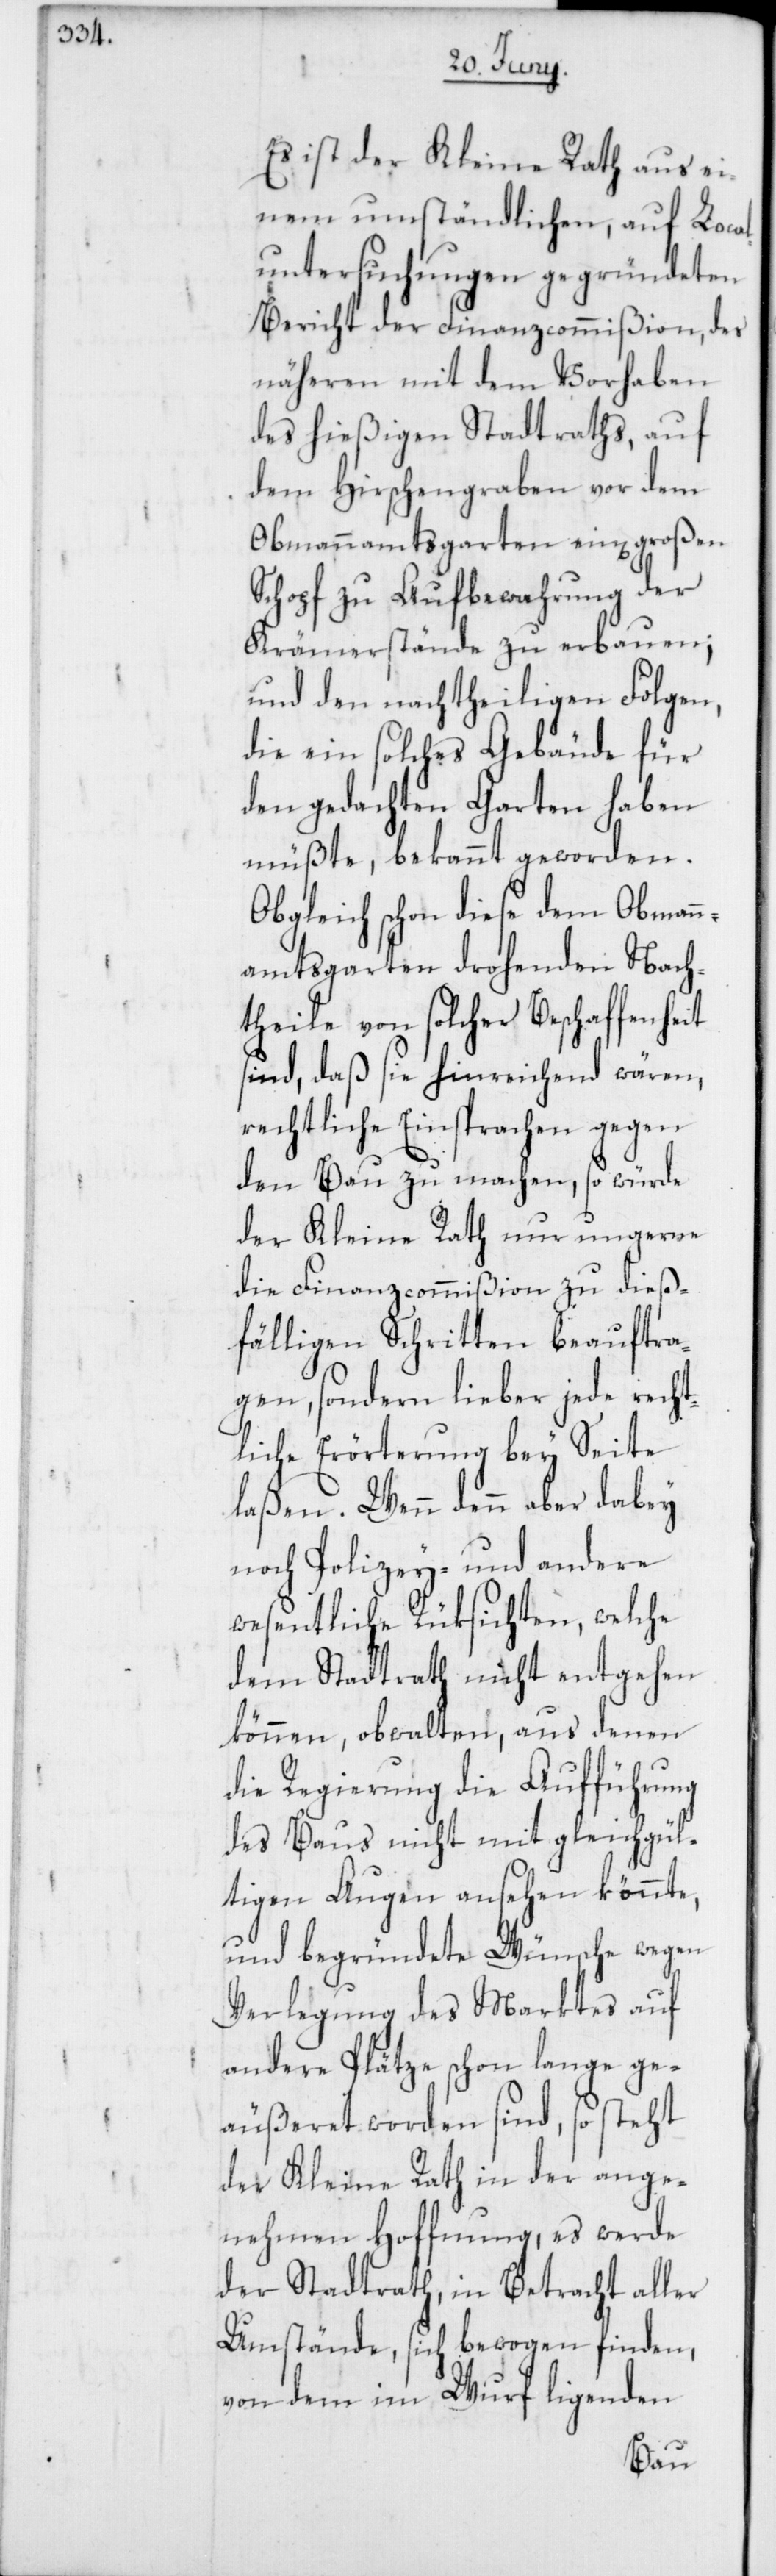
Es ist der Kleine Rath aus ei¬
nem umständlichen, auf Loca¬
luntersuchungen gegründeten
Bericht der Finanzcommißion, des
näheren mit dem Vorhaben
des hießigen Stadtraths, auf
dem Hirschengraben vor dem
Obmannamtsgarten ein[en] großen
Schopf zu Aufbewahrung der
Krämerstände zu erbauen;
und den nachtheiligen Folgen,
die ein solches Gebäude für
den gedachten Garten haben
müßte, bekannt geworden.
Obgleich schon diese dem Obamman¬
namtsgarten drohenden Nach¬
theile von solcher Beschaffenheit
sind, daß sie hinreichend wären,
rechtliche Einsprachen gegen
den Bau zu machen, so würde
der Kleine Rath nur ungerne
die Finanzcommißion zu dieß¬
fälligen Schritten beauftra¬
gen, sondern lieber jede recht¬
liche Erörterung bey Seite
laßen. Wenn denn aber dabey
noch Polizey- und andere
wesentliche Rüksichten, welche
dem Stadtrath nicht entgehen
können, obwalten, aus denen
die Regierung die Aufführung
des Baus nicht mit gleichgül¬
tigen Augen ansehen könnte,
und begründete Wünsche wegen
Verlegung des Marktes auf
andere Plätze schon lange ge¬
äußeret worden sind, so steht
der Kleine Rath in der ange¬
nehmen Hoffnung, es werde
der Stadtrath, in Betracht aller
Umstände, sich bewogen finden,
von dem im Wurf ligenden